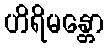
ဟိရိမန္တော